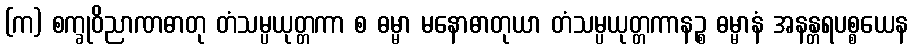
(က) စက္ခုဝိညာဏဓာတု တံသမ္ပယုတ္တကာ စ ဓမ္မာ မနောဓာတုယာ တံသမ္ပယုတ္တကာနဉ္စ ဓမ္မာနံ အနန္တရပစ္စယေန